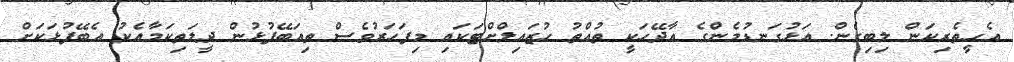
އެހީތެރިކަން ލިބިގެން. އަޅުގަނޑުމެންގެ އާދޭހަކީ ތުއްތު ހުޒައިލްށްޓަކައި މިފަހަރުވެސް ތިއަބޭފުޅުން ދީލަތިކަމާއެކު އެބޭފުޅަކަށް